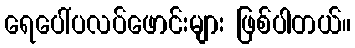
ရေပေါ်ပလပ်ဖောင်းများ ဖြစ်ပါတယ်။